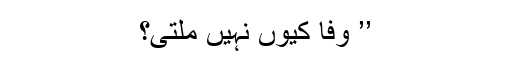
’’ وفا کیوں نہیں مِلتی؟